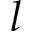
l